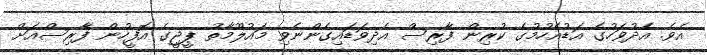
އެވެ. އެދުވަހުގެ އަޑުއެހުމުގެ ކުރިން ފާރިސް އެދިވަޑައިގެންނެވި މައުލޫމާތު ޕީޖީގެ އޮފީހުން ފާރިސްއަށް